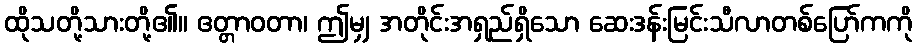
ထိုသတို့သားတို့၏။ ဧတ္တာဝတာ၊ ဤမျှ အတိုင်းအရှည်ရှိသော ဆေးဒန်းမြင်းသီလာတစ်ပြော်ကကို